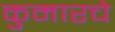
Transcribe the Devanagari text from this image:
कुमारचे